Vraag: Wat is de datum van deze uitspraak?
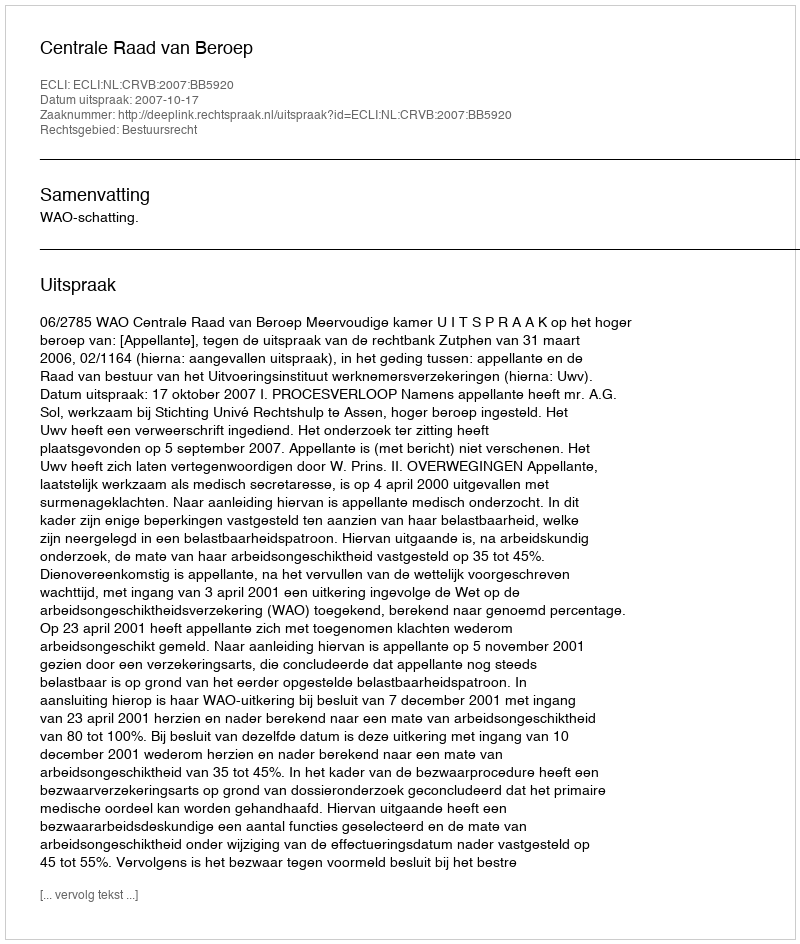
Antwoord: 2007-10-17